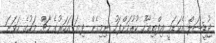
ޖުޑީޝަލް އެކަޑަމީ އިފްތިތާހު ކުރުމަށްފަހު ނިމިގެން ދިޔަ އަހަރުގެ މާޗް މަހުގެ ހަވަނަ